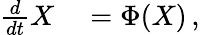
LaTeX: \begin{array}{rl}{\frac{d}{dt}X}&{{}=\Phi(X)\, ,}\end{array}